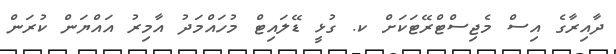
ދާއިރާގެ އިސް މެޖިސްޓްރޭޓަކަށް ކ. ގުޅީ ޑޭލައިޓް މުހައްމަދު އާމިރު އައްޔަން ކުރަން